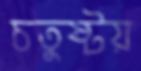
চতুষ্টয়